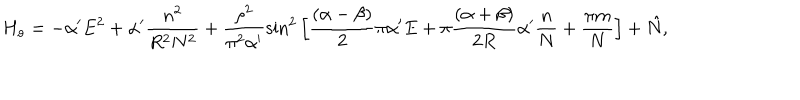
H _ { o } = - \alpha ^ { \prime } E ^ { 2 } + \alpha ^ { \prime } \frac { n ^ { 2 } } { R ^ { 2 } N ^ { 2 } } + \frac { \rho ^ { 2 } } { \pi ^ { 2 } \alpha ^ { \prime } } \sin ^ { 2 } \Big [ \frac { ( \alpha - \beta ) } { 2 } \pi \alpha ^ { \prime } E + \pi \frac { ( \alpha + \beta ) } { 2 R } \alpha ^ { \prime } \frac { n } { N } + \frac { \pi m } { N } \Big ] + \hat { N } ,